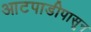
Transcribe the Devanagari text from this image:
आटपाडीपासून